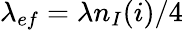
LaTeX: \lambda_{ef}=\lambda n_{I}(i)/4